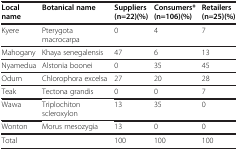
<table><thead><tr><td><b>Local name</b></td><td><b>Botanical name</b></td><td><b>Suppliers (n=22)(%)</b></td><td><b>Consumers* (n=106)(%)</b></td><td><b>Retailers (n=25)(%)</b></td></tr></thead><tbody><tr><td>Kyere</td><td>Pterygota macrocarpa</td><td>0</td><td>4</td><td>7</td></tr><tr><td>Mahogany</td><td>Khaya senegalensis</td><td>47</td><td>6</td><td>13</td></tr><tr><td>Nyamedua</td><td>Alstonia boonei</td><td>0</td><td>35</td><td>45</td></tr><tr><td>Odum</td><td>Chlorophora excelsa</td><td>27</td><td>20</td><td>28</td></tr><tr><td>Teak</td><td>Tectona grandis</td><td>0</td><td>0</td><td>7</td></tr><tr><td>Wawa</td><td>Triplochiton scleroxylon</td><td>13</td><td>35</td><td>0</td></tr><tr><td>Wonton</td><td>Morus mesozygia</td><td>13</td><td>0</td><td>0</td></tr><tr><td>Total</td><td> </td><td>100</td><td>100</td><td>100</td></tr></tbody></table>